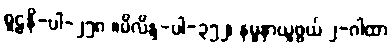
စူဠနိ-ပါ-၂၅၈ ။မိလိန္ဒ-ပါ-၃၅၂၊ နမူနာယူဖွယ် ၂-ဂါထာ